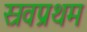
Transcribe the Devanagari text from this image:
स्रवप्रथम